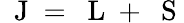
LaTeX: \mathrm{~\mathbf~J~}=\mathrm{~\mathbf~L~}+\mathrm{~\mathbf~S~}